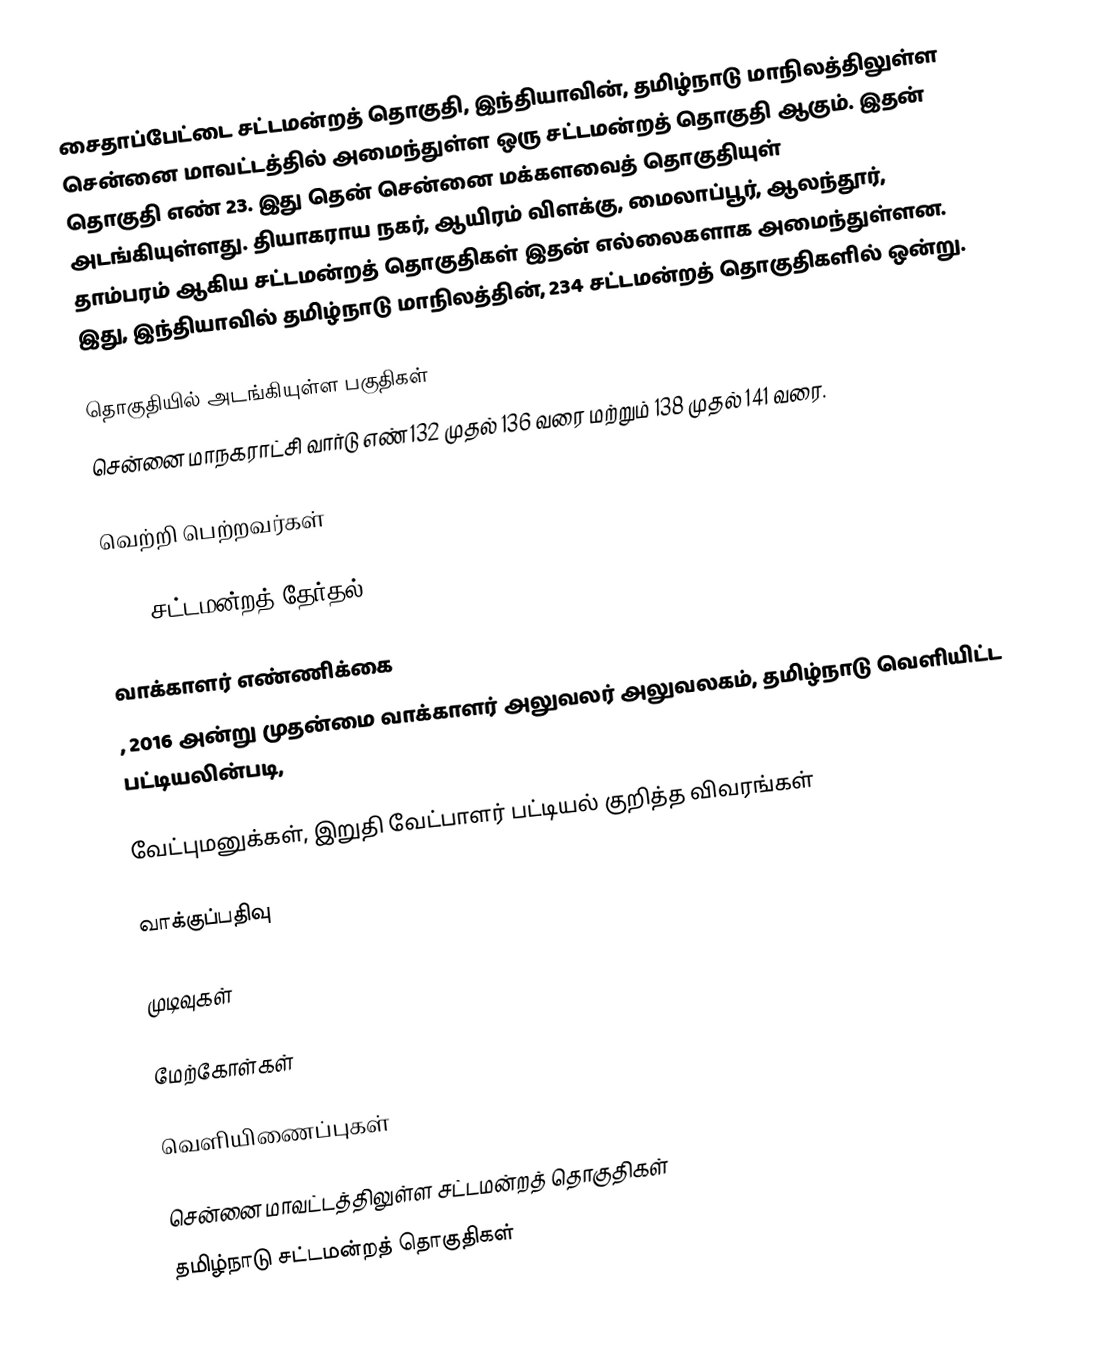
சைதாப்பேட்டை சட்டமன்றத் தொகுதி, இந்தியாவின், தமிழ்நாடு மாநிலத்திலுள்ள சென்னை மாவட்டத்தில் அமைந்துள்ள ஒரு சட்டமன்றத் தொகுதி ஆகும். இதன் தொகுதி எண் 23. இது தென் சென்னை மக்களவைத் தொகுதியுள் அடங்கியுள்ளது. தியாகராய நகர், ஆயிரம் விளக்கு, மைலாப்பூர், ஆலந்தூர், தாம்பரம் ஆகிய சட்டமன்றத் தொகுதிகள் இதன் எல்லைகளாக அமைந்துள்ளன. இது, இந்தியாவில் தமிழ்நாடு மாநிலத்தின், 234 சட்டமன்றத் தொகுதிகளில் ஒன்று.

தொகுதியில் அடங்கியுள்ள பகுதிகள்
சென்னை மாநகராட்சி வார்டு எண் 132 முதல் 136 வரை மற்றும் 138 முதல் 141 வரை.

வெற்றி பெற்றவர்கள்

2016 சட்டமன்றத் தேர்தல்

வாக்காளர் எண்ணிக்கை
, 2016 அன்று முதன்மை வாக்காளர் அலுவலர் அலுவலகம், தமிழ்நாடு வெளியிட்ட பட்டியலின்படி,

வேட்புமனுக்கள், இறுதி வேட்பாளர் பட்டியல் குறித்த விவரங்கள்

வாக்குப்பதிவு

முடிவுகள்

மேற்கோள்கள்

வெளியிணைப்புகள்

சென்னை மாவட்டத்திலுள்ள சட்டமன்றத் தொகுதிகள்
தமிழ்நாடு சட்டமன்றத் தொகுதிகள்